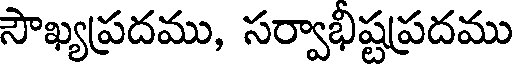
సౌఖ్యప్రదము, సర్వాభిష్టప్రదము